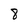
Character: 8